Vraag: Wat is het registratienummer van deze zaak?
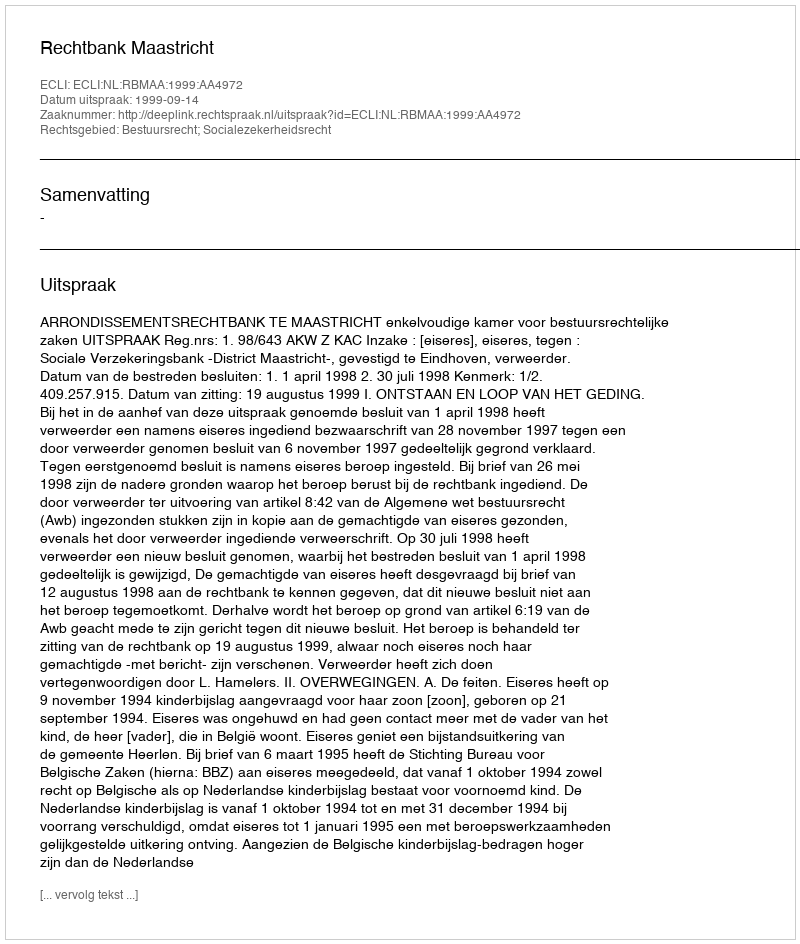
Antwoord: http://deeplink.rechtspraak.nl/uitspraak?id=ECLI:NL:RBMAA:1999:AA4972